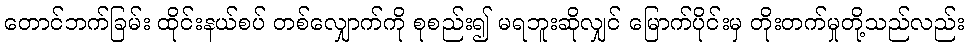
တောင်ဘက်ခြမ်း ထိုင်းနယ်စပ် တစ်လျှောက်ကို စုစည်း၍ မရဘူးဆိုလျှင် မြောက်ပိုင်းမှ တိုးတက်မှုတို့သည်လည်း